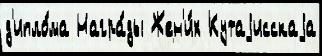
д'ипло́ма Награ́ды Жен'и́х Кутаjисскаjа